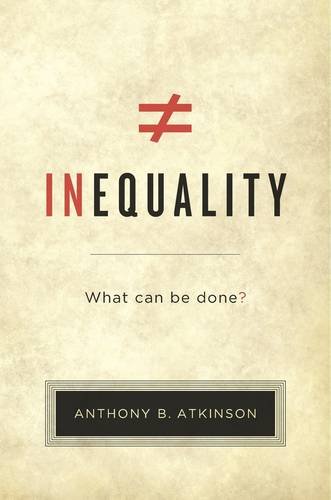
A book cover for Inequality: What Can Be Done?; Anthony B. Atkinson; Business & Money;